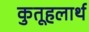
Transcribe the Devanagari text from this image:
कुतूहलार्थ